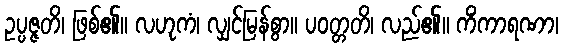
ဥပ္ပဇ္ဇတိ၊ ဖြစ်၏။ လဟုကံ၊ လျှင်မြန်စွာ။ ပဝတ္တတိ၊ လည်၏။ ကိံကာရဏာ၊